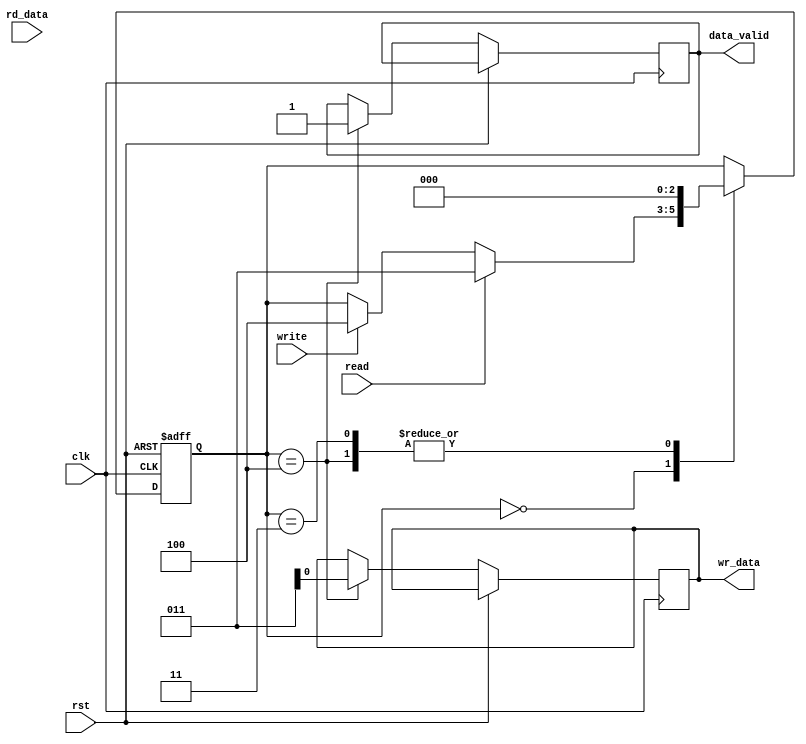
module sdram_controller (
    input wire clk,
    input wire rst,
    input wire read,
    input wire write,
    input wire rd_data,
    output reg wr_data,
    output reg data_valid
);
  
reg [2:0] state;
reg [31:0] data_in;
reg [31:0] data_out;

parameter IDLE = 3'b000;
parameter PRECHARGE = 3'b001;
parameter ACTIVATE = 3'b010;
parameter READ = 3'b011;
parameter WRITE = 3'b100;

always @ (posedge clk or posedge rst) begin
    if (rst) begin
        state <= IDLE;
    end else begin
        case(state)
            IDLE: begin
                if (read) begin
                    state <= READ;
                end else if (write) begin
                    state <= WRITE;
                end
            end
            READ: begin
                data_out <= data_in;
                state <= IDLE;
            end
            WRITE: begin
                wr_data <= data_in;
                data_valid <= 1;
                state <= IDLE;
            end
        endcase
    end
end

endmodule